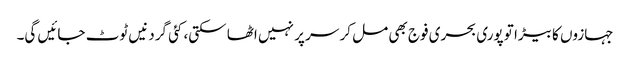
جہازوں کا بیڑا تو پوری بحری فوج بھی مل کر سر پر نہیں اٹھا سکتی، کئی گردنیں ٹوٹ جائیں گی۔